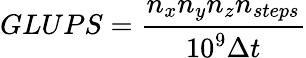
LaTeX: GLUPS=\frac{n_{x}n_{y}n_{z}n_{steps}}{10^{9}\Delta t}